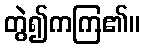
တွဲ၍ကကြ၏။